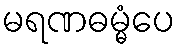
မရဏဓမ္မံပေ